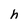
Character: h